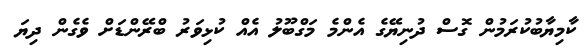
ކާމިޔާބުކުރަމުން ގޮސް ދުނިޔޭގެ އެންމެ މަގްބޫލު އެއް ކުޅިވަރު ބްރޭންޑަށް ވެގެން ދިޔަ